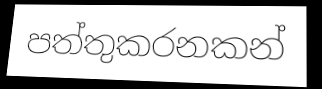
පත්තුකරනකන්